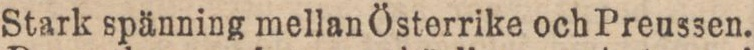
Stark spänning mellan Österrike och Preussen.